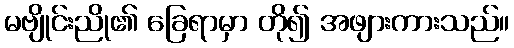
မဗျိုင်းညို၏ ခြေရာမှာ တို၍ အဖျားကားသည်။